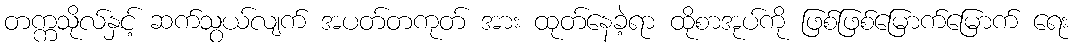
တက္ကသိုလ်နှင့် ဆက်သွယ်လျက် အပတ်တကုတ် အား ထုတ်နေခဲ့ရာ ထိုစာအုပ်ကို ဖြစ်ဖြစ်မြောက်မြောက် ရေး